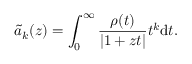
\tilde { a } _ { k } ( z ) = \int _ { 0 } ^ { \infty } \frac { \rho ( t ) } { | 1 + z t | } t ^ { k } \mathrm { d } t .